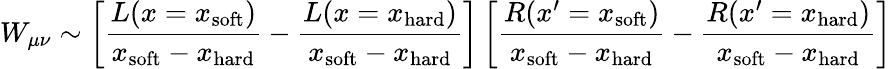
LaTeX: W_{\mu\nu}\sim\left[\frac{L(x=x_{\mathrm{soft}})}{x_{\mathrm{soft}}-x_{\mathrm{hard}}}-\frac{L(x=x_{\mathrm{hard}})}{x_{\mathrm{soft}}-x_{\mathrm{hard}}}\right]\left[\frac{R(x^{\prime}=x_{\mathrm{soft}})}{x_{\mathrm{soft}}-x_{\mathrm{hard}}}-\frac{R(x^{\prime}=x_{\mathrm{hard}})}{x_{\mathrm{soft}}-x_{\mathrm{hard}}}\right]